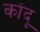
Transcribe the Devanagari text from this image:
कांदू